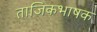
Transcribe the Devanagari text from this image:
ताजिकभाषक